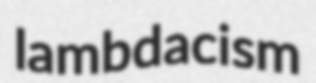
lambdacism